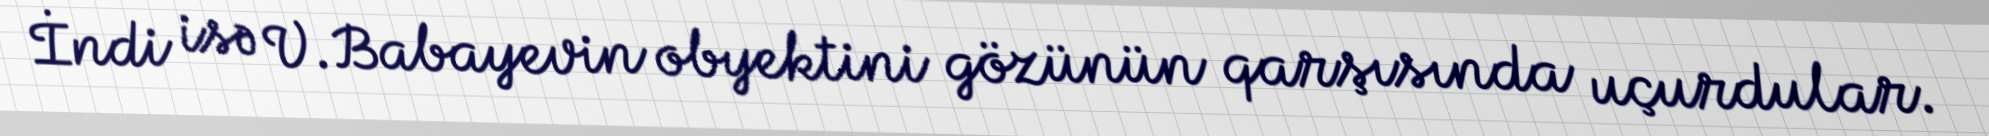
İndi isə V.Babayevin obyektini gözünün qarşısında uçurdular.